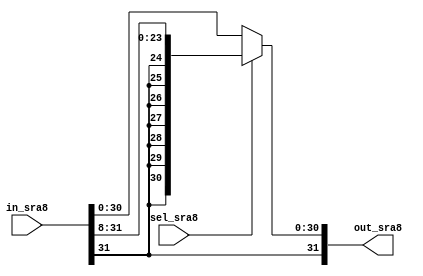
module SRA8 (in_sra8, sel_sra8, out_sra8);
  input [31:0] in_sra8;
  input sel_sra8;
  output [31:0] out_sra8;
  
  assign out_sra8 = (sel_sra8) ? {in_sra8[31], in_sra8[31], in_sra8[31], in_sra8[31], in_sra8[31], in_sra8[31], in_sra8[31], in_sra8[31], in_sra8[31:8]} : in_sra8;
endmodule